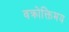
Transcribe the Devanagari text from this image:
वक्रोक्तिमय